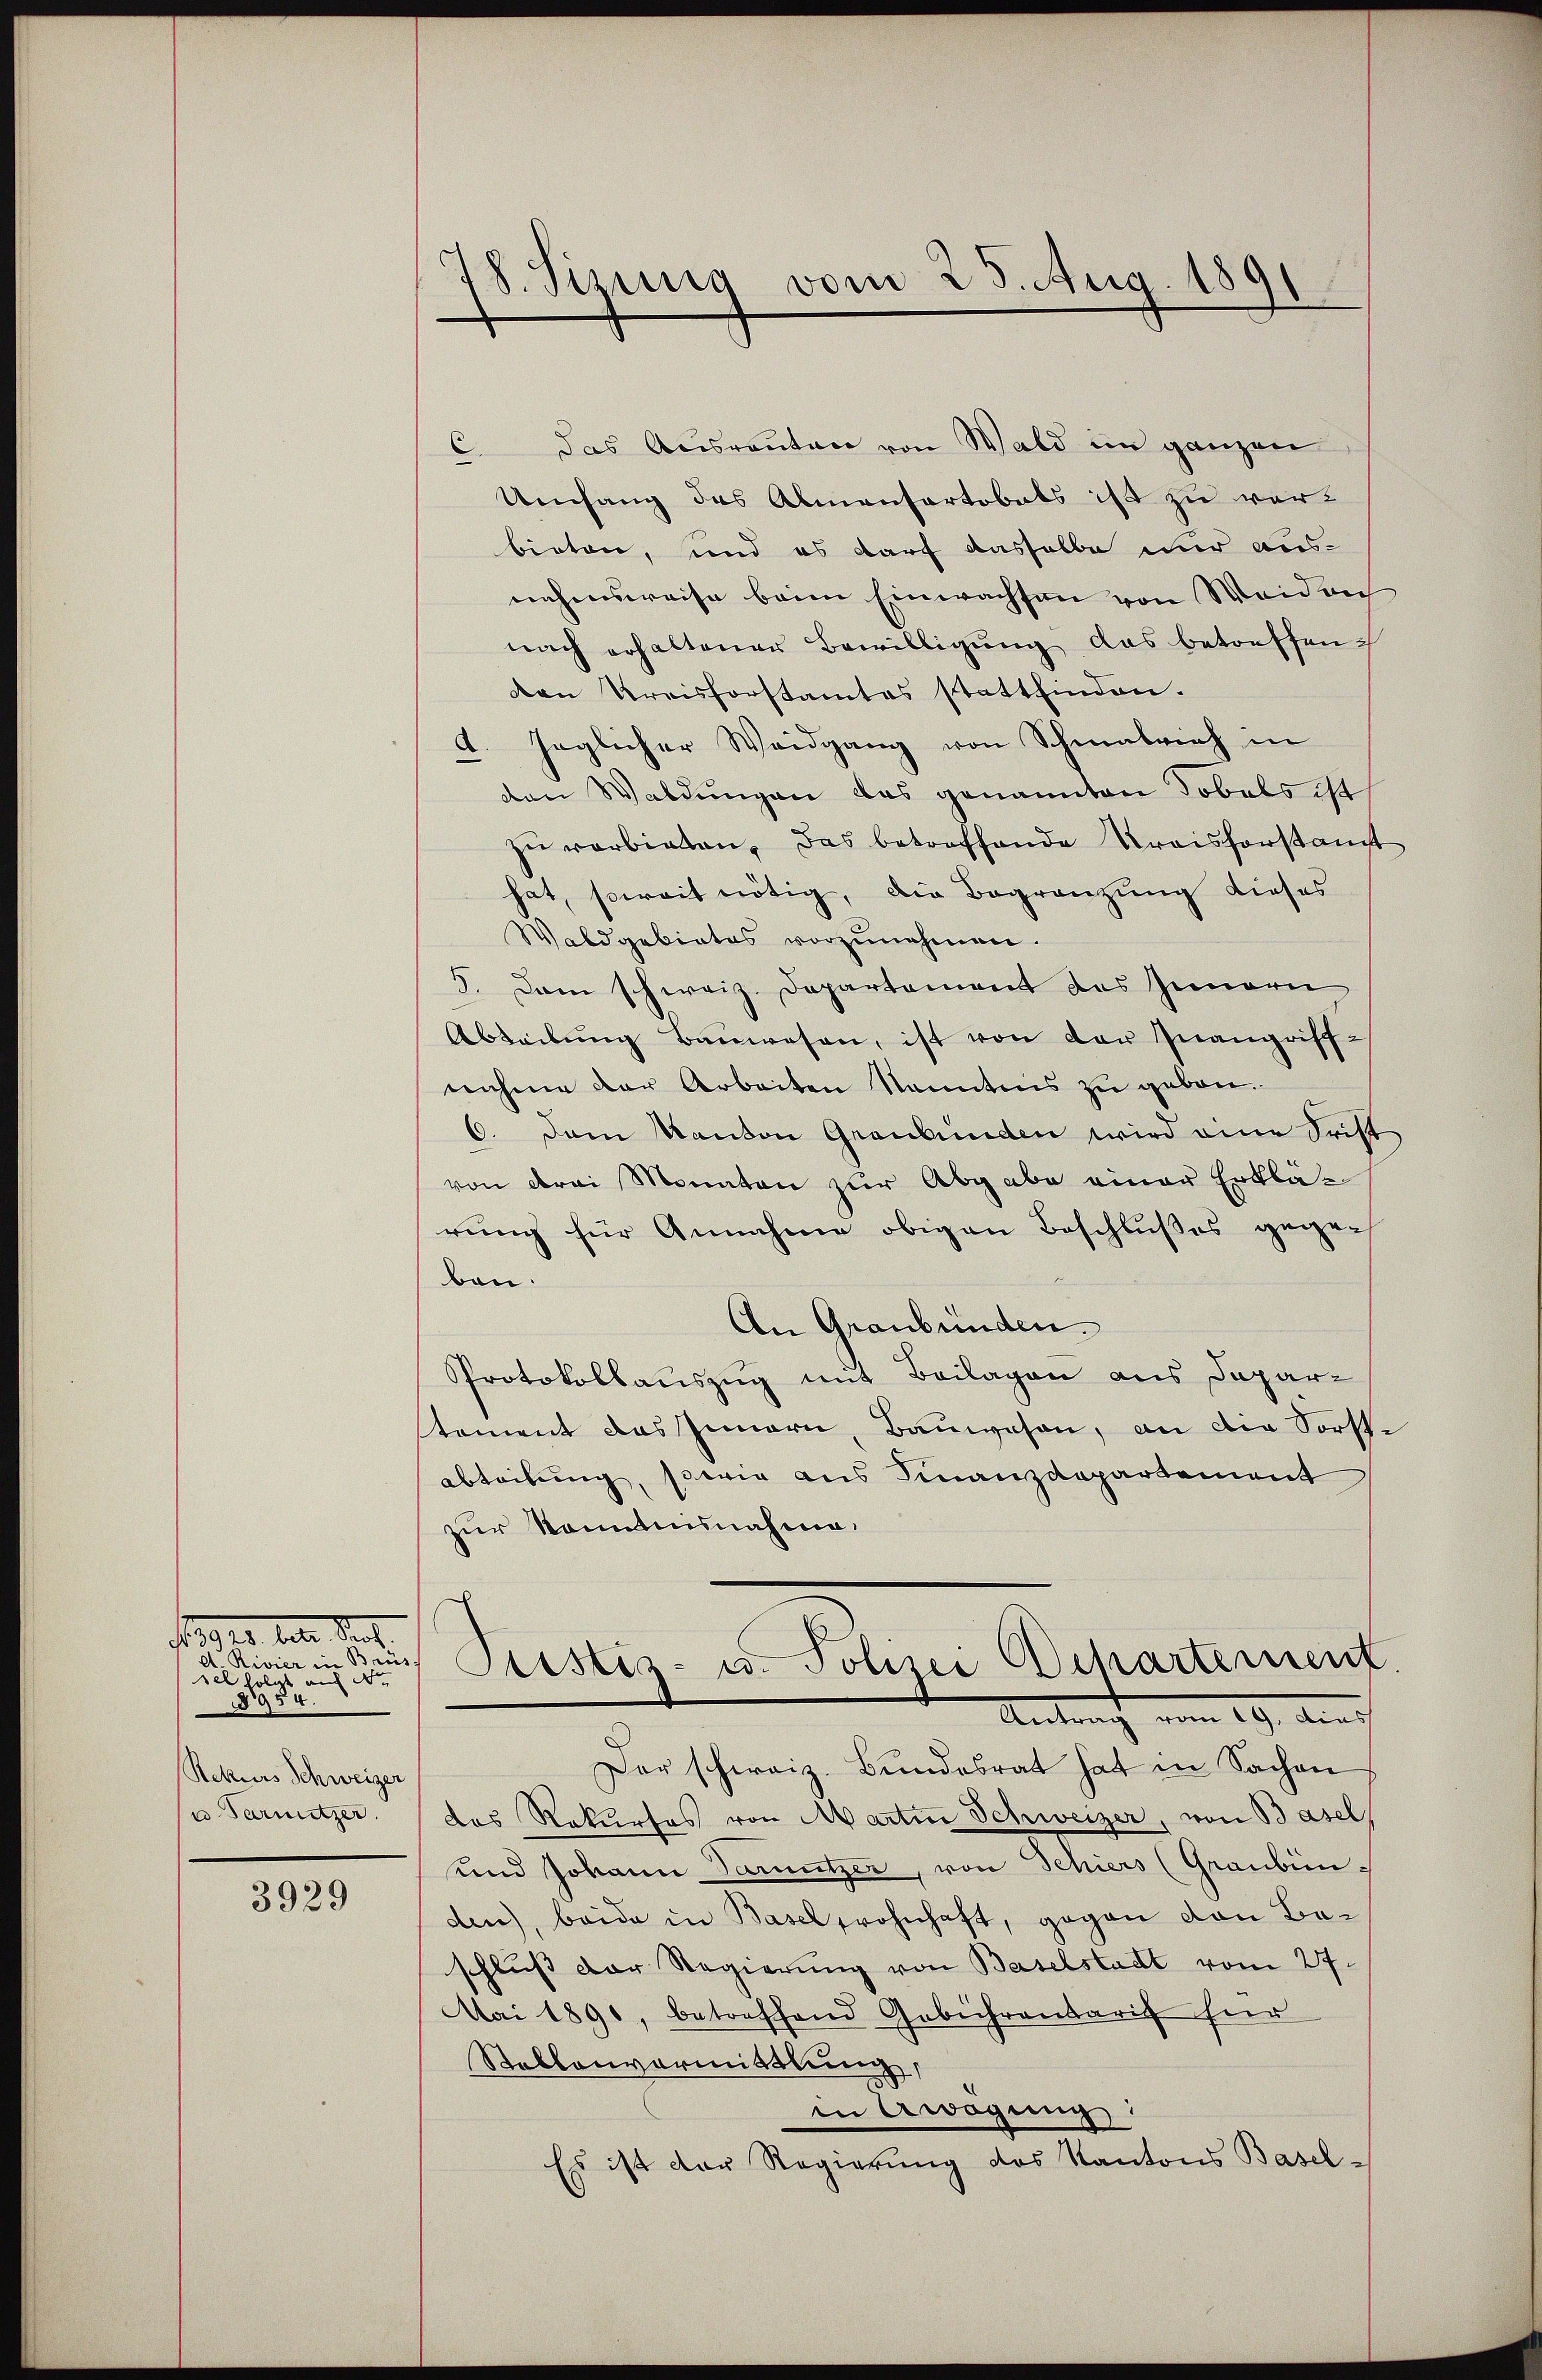
Mtr. Sept.
sel folgt auf No
954.
Rekurs Schweizer
u. Tarnitzer.

3929

78. Sizung vom 25. Aug. 1891

6 das Aŭsraŭten von Wald im ganzen
Umfang des Almensartobels ist zu verbieten, und es darf dasselbe nur aus-
nahmsweise beim Einwachsen von Weiden
nach erhaltener Bewilligung das betreffenden Kreisforstamtes stattfinden.
jeglicher Weidgang von Schmalrich in
A.
den Waldungen das genannten Tobels ist
zu verbieten, das betreffende Kreisforstant
hat, soweit nötig, die Begränzung dieses
Waldgebietes vorzŭnehmen.
5. Dann schweiz. Departement des Gemari
Abteilung Bauwesen, ist von der Inangriff-
nahme der Arbeiten kanntnis zu geben.
6. Dem Kanton Graubünden wird eine Frist
von drei Monaten zur Abgabe einer Erklärung für Annahme obigen Beschlußes gegen
bon.
An Graubünden.
Protokollauszug mit Beilagen aus Departement das Innern, Bauwesen, an die Sorst.
Abteilung, sowie aus Finanzdepartement
zur Kenntnisnahme.
adin den Pristis u. Polizei Ochartement
Antracht vom 19. dens
Der schweiz. Bundesrat hat in Sachen
das Rekurses von Martin Schweizer, von Basel
und Johann daruntzer, von Schiers (Graubünden, beide in Basel frohnhaft, gegen den Beschluß der Regierung von Baselstadt vom 27.
Mai 1890, betreffend Gebührentarif für
Stablanvormittlung,
in Awögung:
Es ist der Regierung des Kantons Basel-